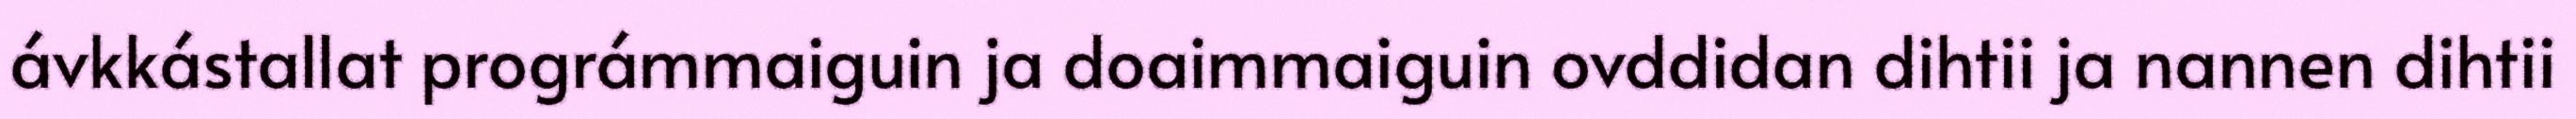
ávkkástallat prográmmaiguin ja doaimmaiguin ovddidan dihtii ja nannen dihtii